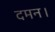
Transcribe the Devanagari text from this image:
दमन।